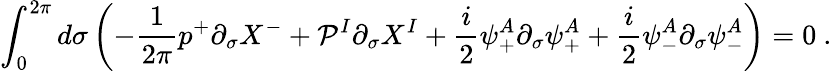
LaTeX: \int_{0}^{2\pi}d\sigma\left(-\frac{1}{2\pi}p^{+}\partial_{\sigma}X^{-}+{\cal P}^{I}\partial_{\sigma}X^{I}+\frac{i}{2}\psi_{+}^{A}\partial_{\sigma}\psi_{+}^{A}+\frac{i}{2}\psi_{-}^{A}\partial_{\sigma}\psi_{-}^{A}\right)=0~.